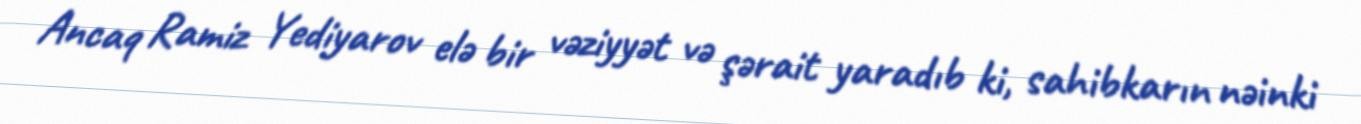
Ancaq Ramiz Yediyarov elə bir vəziyyət və şərait yaradıb ki, sahibkarın nəinki